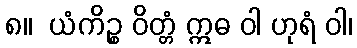
၈။  ယံကိဉ္စ ဝိတ္တံ ဣဓ ဝါ ဟုရံ ဝါ၊